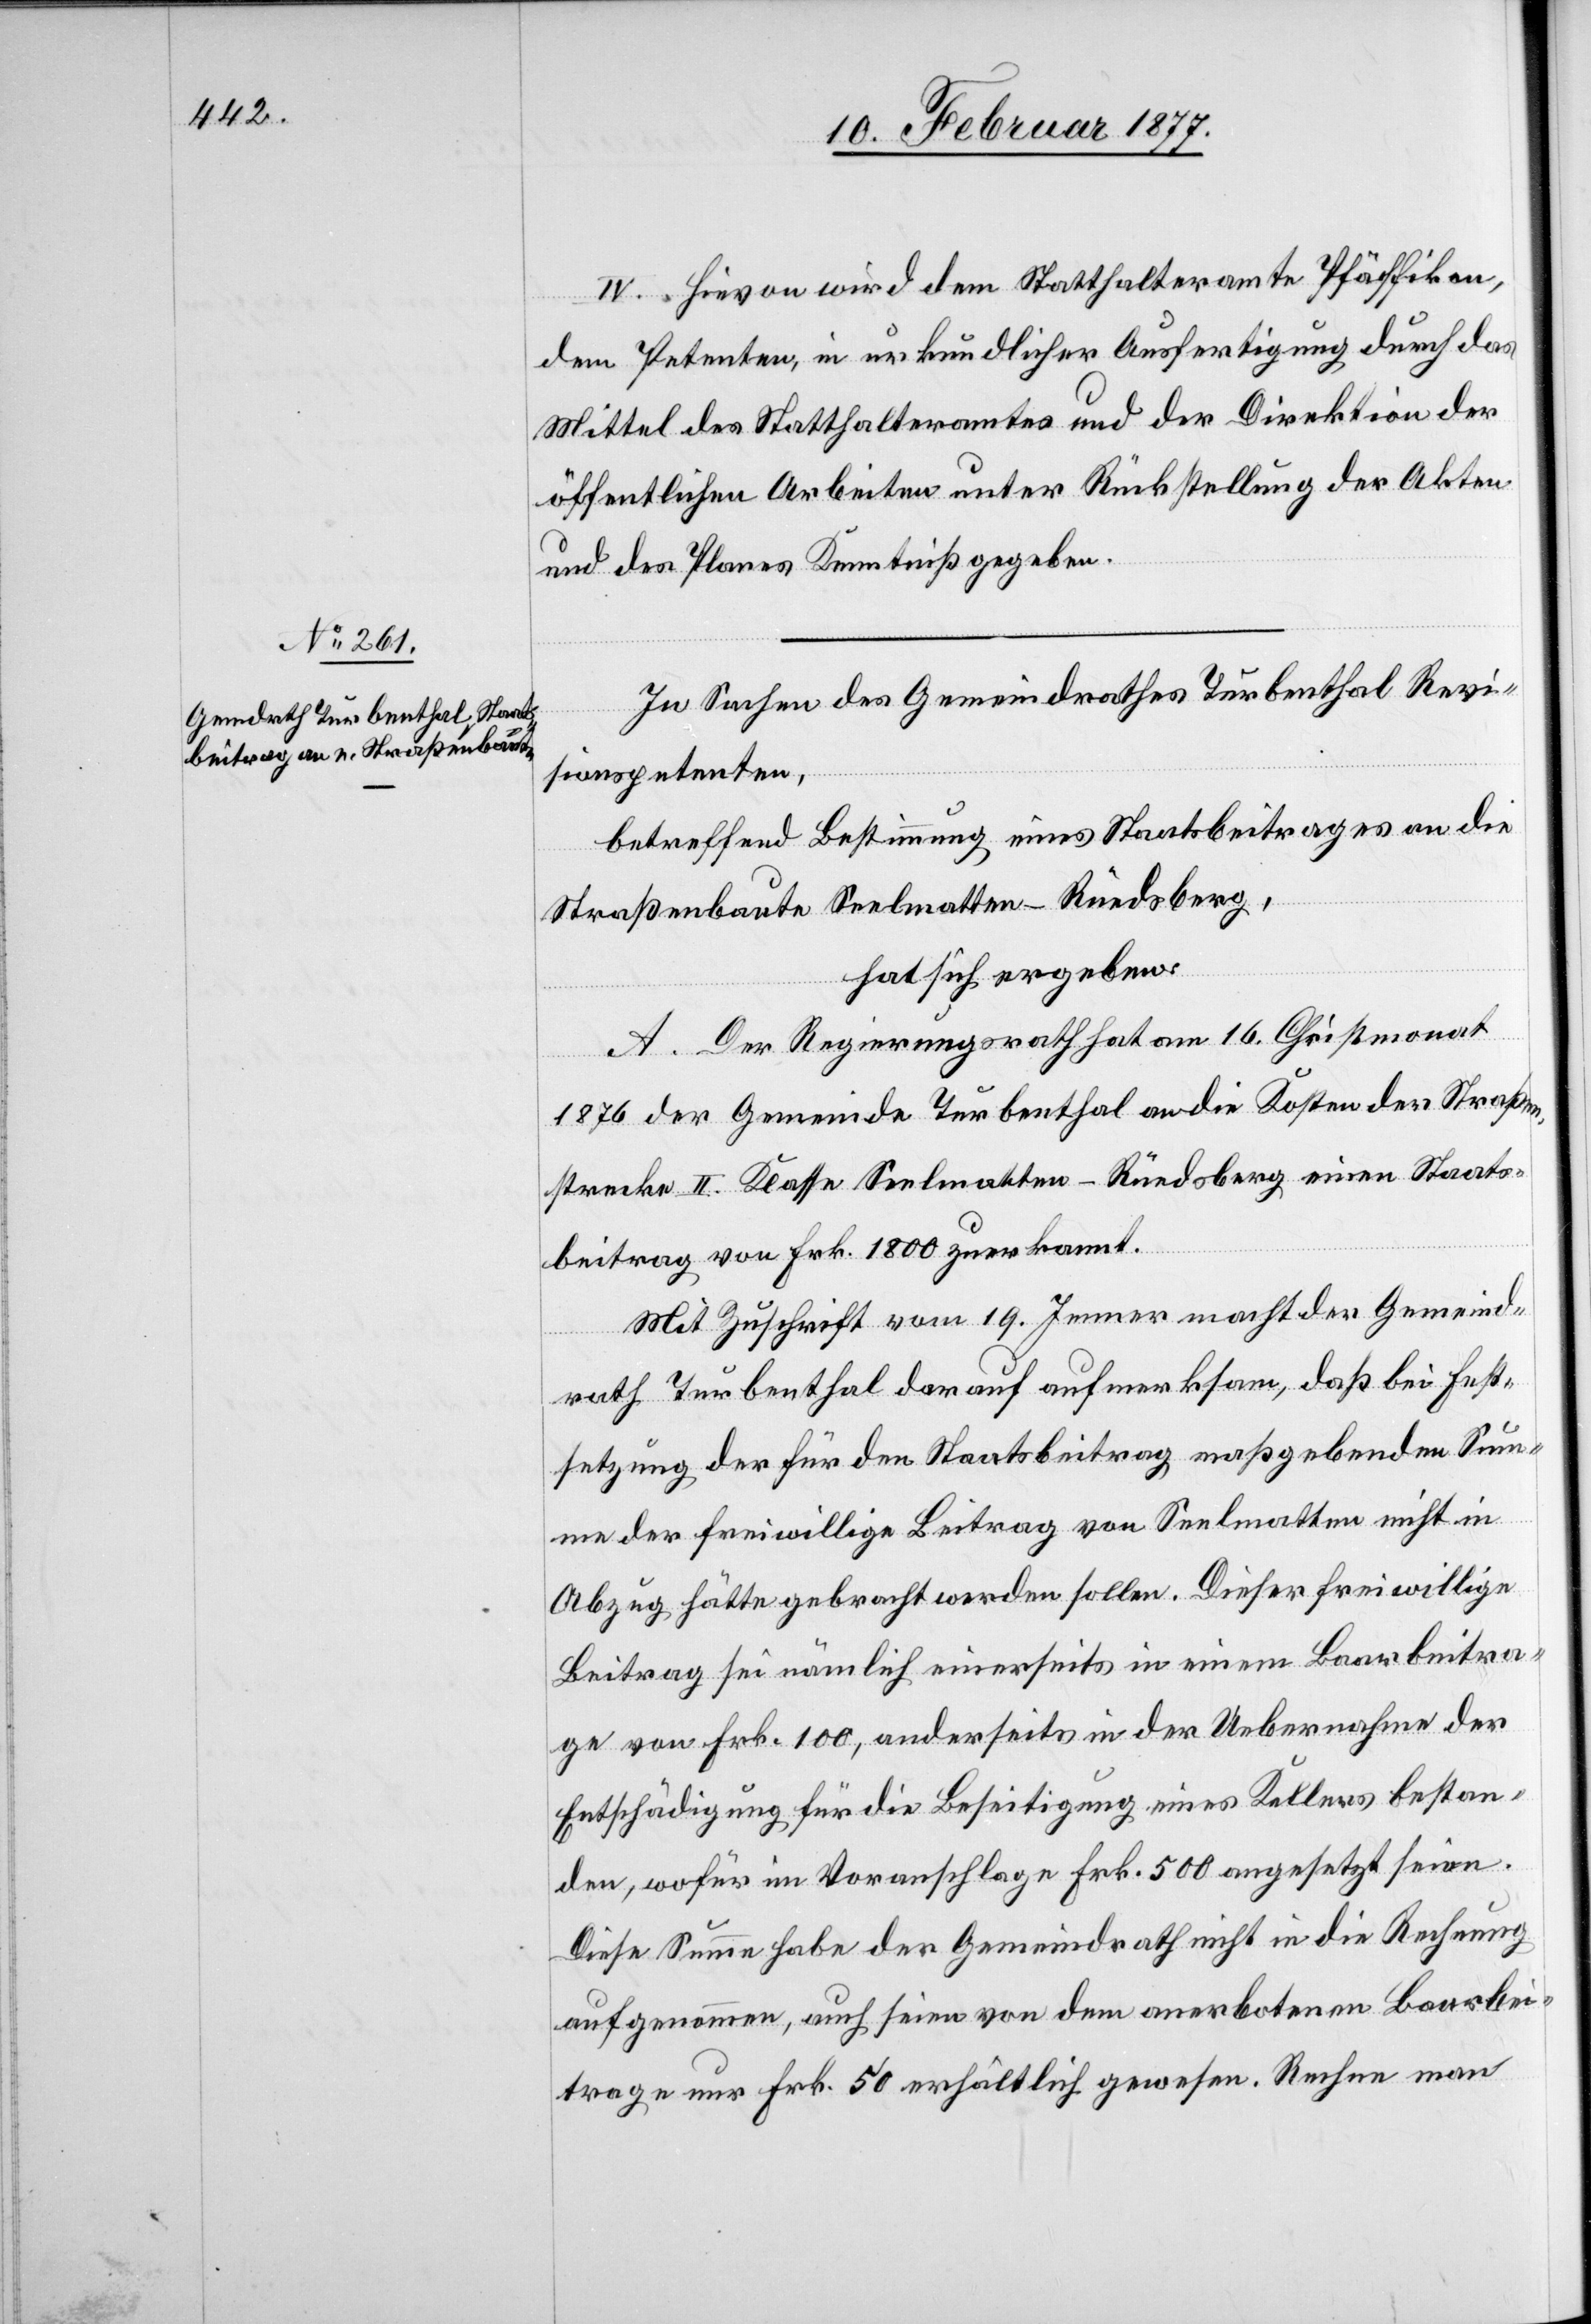
Hievon wird dem Statthalteramte Pfäffikon,
dem Petenten, in urkundlicher Ausfertigung durch das
Mittel des Statthalteramtes und der Direktion der
öffentlichen Arbeiten unter Rückstellung der Akten
und des Planes Kenntniß gegeben.
In Sachen des Gemeindrathes Turbenthal Revi¬
sionspetenten,
betreffend Bestimmung eines Staatsbeitrages an die
Straßenbaute Seelmatten–Rüedsberg,
hat sich ergeben:
A. Der Regierungsrath hat am 16. Christmonat
1876 der Gemeinde Turbenthal an die Kosten der Straßen¬
strecke II. Klasse Seelmatten–Rüedsberg einen Staats¬
beitrag von Frk. 1800 zuerkannt.
Mit Zuschrift vom 19. Jenner macht der Gemeind¬
rath Turbenthal darauf aufmerksam, daß bei Fest¬
setzung der für den Staatsbeitrag maßgebenden Sum¬
me der freiwillige Beitrag von Seelmatten nicht in
Abzug hätte gebracht werden sollen. Dieser freiwillige
Beitrag sei nämlich einerseits in einem Baarbeitra¬
ge von Frk. 100, anderseits in der Uebernahme der
Entschädigung für die Beseitigung eines Kellers bestan¬
den, wofür im Voranschlage Frk. 500 angesetzt seien.
Diese Summe habe der Gemeindrath nicht in die Rechnung
aufgenommen, auch seien von dem anerbotenen Baarbei¬
trage nur Frk. 50 erhältlich gewesen. Rechne man